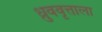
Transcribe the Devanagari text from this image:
ध्रुववृत्ताला